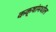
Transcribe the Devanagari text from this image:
कक्षांमधील